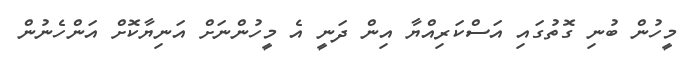
މީހުން ބުނި ގޮތުގައި އަސްކަރިއްޔާ އިން ދަނީ އެ މީހުންނަށް އަނިޔާކޮށް އަންހެނުން